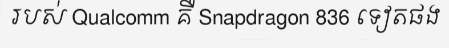
របស់ Qualcomm គឺ Snapdragon 836 ទៀតផង